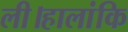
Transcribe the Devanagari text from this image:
ली।हालांकि